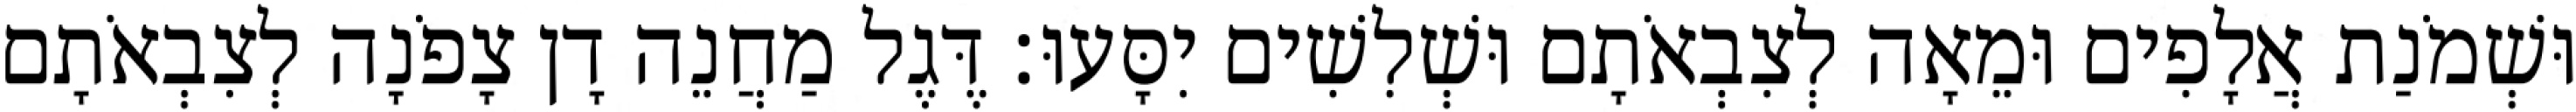
וּשְׁמֹנַת אֲלָפִים וּמֵאָה לְצִבְאֹתָם וּשְׁלִשִׁים יִסָּעוּ׃ דֶּגֶל מַחֲנֵה דָן צָפֹנָה לְצִבְאֹתָם